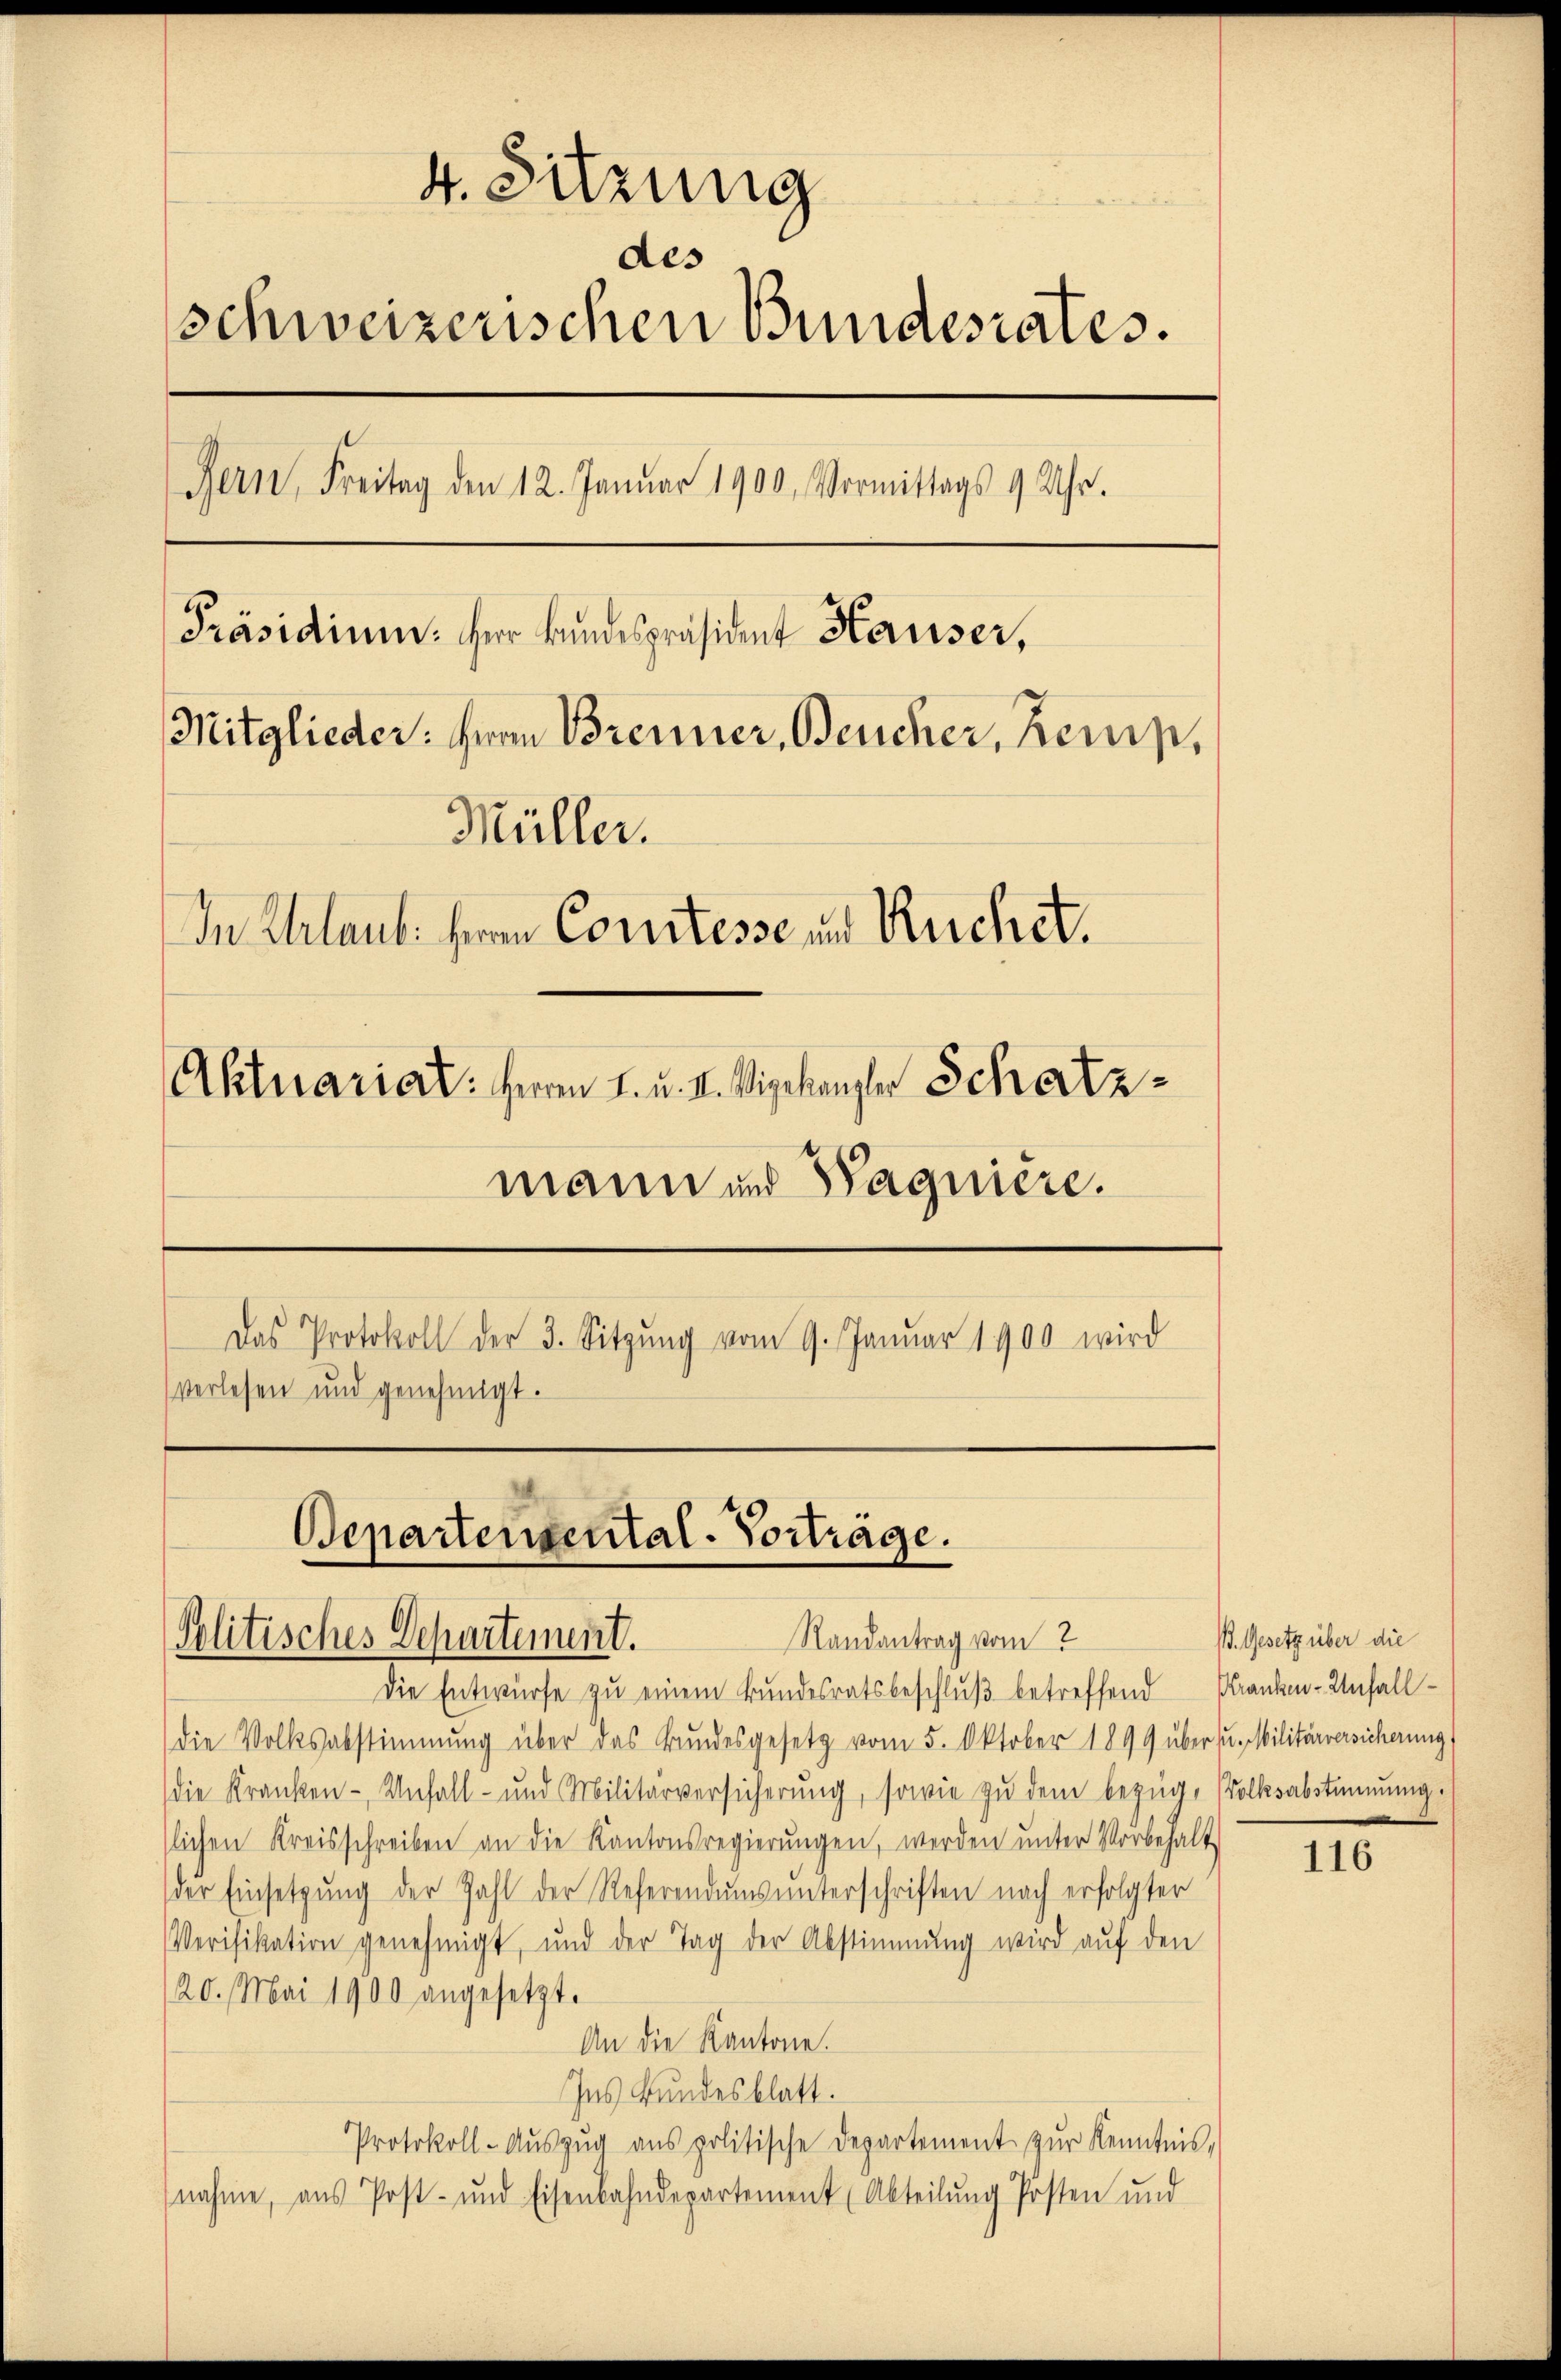
4. Sitzung
des
schweizerischen Bundesrates.
Bern, Freitag den 12. Januar 1900. Vormittags 9 Uhr.
Präsidium. Herr Bundespräsident Hauser,
Mitglieder: Herrn Brenner, Beucher, Remp,
Müller.
In Chrlaub. Herrn Constesse und Ruchet.
Aktuariat: Herrn I. u. II. Viskanzler Schatz
mann und Pagnière.
Das Protokoll der 3. Sitzŭng vom 9. Januar 1900 wird
verlesen und genehmigt.

Departensental-Vorträge.
Randantrag vom
Solitisches Departement.

Die Entwürfe zu einem Bundesratsbeschluß betreffend Kranken-Unfall
die Volksabstimmung über das Bundesgesetz vom 5. Oktober 1899 über u. Militärversicherung
die Kranken- Unfall- und Militärversicherŭng, sowie zŭ dem bezüg, (Volksabstimmung.
slichen Kreisschreiben an die Kantonsregierŭngen, werden unter Vorbehalt
der Einsetzung der Zahl der Referendums unterschriften nach erfolgter
Verifikation genehmigt, und der Tag der Abstimmung wird auf den
20. Mai 1900 angesetzt.
An die Kantone.
Ins Bundesblatt.
Protokoll-Aŭszŭg ans politische Departement zŭr Kenntnis,
nahme, aus Post- und Eisenbahndepartement (Abteilung Posten und

B. Gesetz über die

116